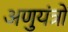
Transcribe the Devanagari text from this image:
अणुयंत्रों